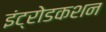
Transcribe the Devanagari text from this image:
इंट्रोडकशन